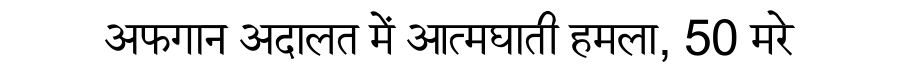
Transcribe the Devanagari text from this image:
अफगान अदालत में आत्मघाती हमला, 50 मरे